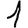
Digit: 1